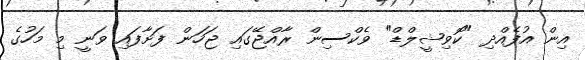
އިން އުފެއްދި "ކޮވިޝީލްޑް" ވެކްސިން ރާއްޖޭގައި ޖަހަން ފަށާފައި ވަނީ މި މަހުގެ